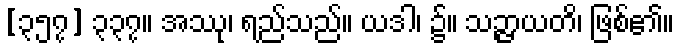
[၃၅၇] ၃၃၇။ အဿု၊ ရည်သည်။ ယဒါ၊ ၌။ သဉ္ဇာယတိ၊ ဖြစ်၏။